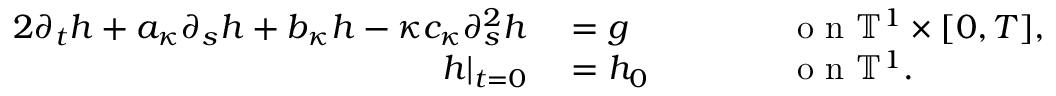
\begin{array} { r l r l } { { 2 } \partial _ { t } h + a _ { \kappa } \partial _ { s } h + b _ { \kappa } h - \kappa c _ { \kappa } \partial _ { s } ^ { 2 } h } & { { } = g } & { \qquad } & { { } \mathrm { ~ o ~ n ~ } \ensuremath { \mathbb { T } } ^ { 1 } \times [ 0 , T ] , } \\ { h | _ { t = 0 } } & { { } = h _ { 0 } } & { } & { { } \mathrm { ~ o ~ n ~ } \ensuremath { \mathbb { T } } ^ { 1 } . } \end{array}